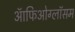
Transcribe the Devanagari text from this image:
ऑफिओग्लॉसम